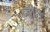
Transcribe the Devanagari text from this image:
व्ही१